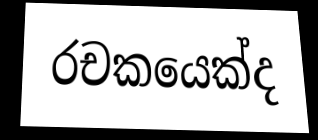
රචකයෙක්ද